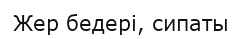
Жер бедері, сипаты